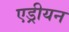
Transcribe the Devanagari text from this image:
एड्रीयन